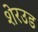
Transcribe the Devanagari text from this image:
शेरउड